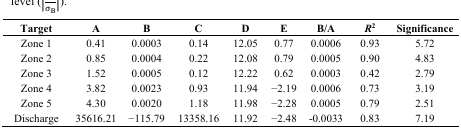
<table><thead><tr><td><b>Target</b></td><td><b>A</b></td><td><b>B</b></td><td><b>C</b></td><td><b>D</b></td><td><b>E</b></td><td><b>B/A</b></td><td><b><i>R</i><sup>2</sup></b></td><td><b>Significance</b></td></tr></thead><tbody><tr><td>Zone 1</td><td>0.41</td><td>0.0003</td><td>0.14</td><td>12.05</td><td>0.77</td><td>0.0006</td><td>0.93</td><td>5.72</td></tr><tr><td>Zone 2</td><td>0.85</td><td>0.0004</td><td>0.22</td><td>12.08</td><td>0.79</td><td>0.0005</td><td>0.90</td><td>4.83</td></tr><tr><td>Zone 3</td><td>1.52</td><td>0.0005</td><td>0.12</td><td>12.22</td><td>0.62</td><td>0.0003</td><td>0.42</td><td>2.79</td></tr><tr><td>Zone 4</td><td>3.82</td><td>0.0023</td><td>0.93</td><td>11.94</td><td>−2.19</td><td>0.0006</td><td>0.73</td><td>3.19</td></tr><tr><td>Zone 5</td><td>4.30</td><td>0.0020</td><td>1.18</td><td>11.98</td><td>−2.28</td><td>0.0005</td><td>0.79</td><td>2.51</td></tr><tr><td>Discharge</td><td>35616.21</td><td>−115.79</td><td>13358.16</td><td>11.92</td><td>−2.48</td><td>-0.0033</td><td>0.83</td><td>7.19</td></tr></tbody></table>